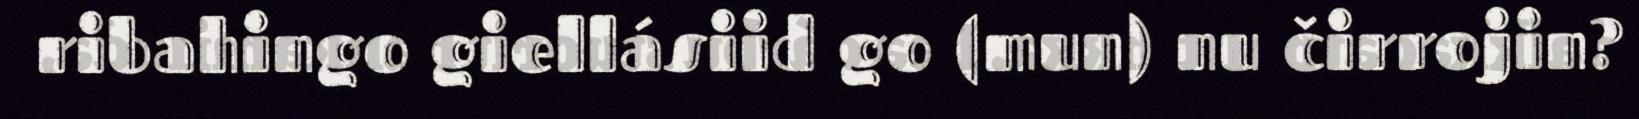
ribahingo giellásiid go (mun) nu čirrojin?